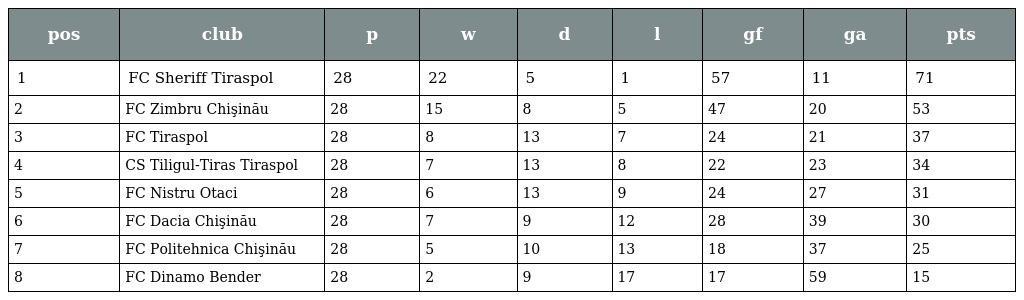
| pos | club | p | w | d | l | gf | ga | pts |
 | --- | --- | --- | --- | --- | --- | --- | --- | --- |
 | 1 | FC Sheriff Tiraspol | 28 | 22 | 5 | 1 | 57 | 11 | 71 |
 | 2 | FC Zimbru Chişinău | 28 | 15 | 8 | 5 | 47 | 20 | 53 |
 | 3 | FC Tiraspol | 28 | 8 | 13 | 7 | 24 | 21 | 37 |
 | 4 | CS Tiligul-Tiras Tiraspol | 28 | 7 | 13 | 8 | 22 | 23 | 34 |
 | 5 | FC Nistru Otaci | 28 | 6 | 13 | 9 | 24 | 27 | 31 |
 | 6 | FC Dacia Chişinău | 28 | 7 | 9 | 12 | 28 | 39 | 30 |
 | 7 | FC Politehnica Chişinău | 28 | 5 | 10 | 13 | 18 | 37 | 25 |
 | 8 | FC Dinamo Bender | 28 | 2 | 9 | 17 | 17 | 59 | 15 |